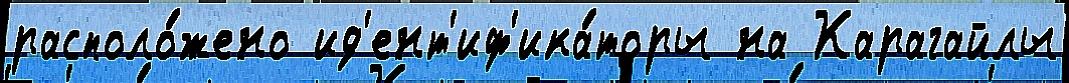
располо́жено ид'ент'иф'ика́торы на Карагайлы